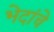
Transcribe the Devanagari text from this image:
भेदांचे